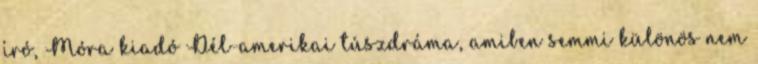
író, Móra kiadó Dél-amerikai túszdráma, amiben semmi különös nem